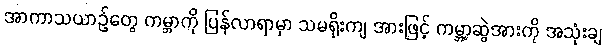
အာကာသယာဉ်တွေ ကမ္ဘာကို ပြန်လာရာမှာ သမရိုးကျ အားဖြင့် ကမ္ဘာ့ဆွဲအားကို အသုံးချ